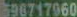
698717960